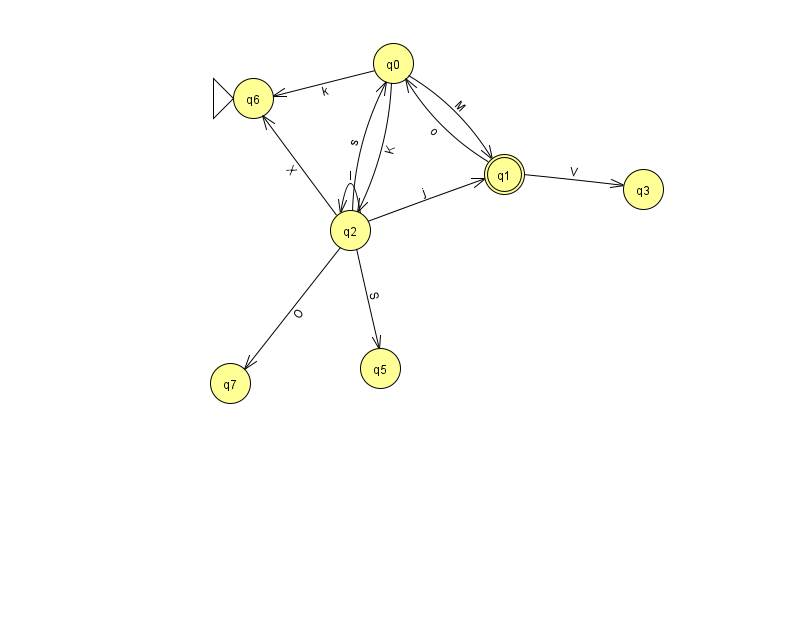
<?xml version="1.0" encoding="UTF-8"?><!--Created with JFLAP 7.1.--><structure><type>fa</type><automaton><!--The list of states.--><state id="0" name="q0"><x>393.0</x><y>50.0</y></state><state id="1" name="q1"><x>504.0</x><y>161.0</y><final/></state><state id="2" name="q2"><x>350.0</x><y>217.0</y></state><state id="3" name="q3"><x>643.0</x><y>176.0</y></state><state id="5" name="q5"><x>380.0</x><y>355.0</y></state><state id="6" name="q6"><x>253.0</x><y>85.0</y><initial/></state><state id="7" name="q7"><x>230.0</x><y>370.0</y></state><!--The list of transitions.--><transition><from>1</from><to>0</to><read>o</read></transition><transition><from>0</from><to>1</to><read>M</read></transition><transition><from>0</from><to>2</to><read>K</read></transition><transition><from>1</from><to>3</to><read>V</read></transition><transition><from>0</from><to>6</to><read>k</read></transition><transition><from>2</from><to>5</to><read>S</read></transition><transition><from>2</from><to>7</to><read>O</read></transition><transition><from>2</from><to>0</to><read>s</read></transition><transition><from>2</from><to>1</to><read>j</read></transition><transition><from>2</from><to>2</to><read>l</read></transition><transition><from>2</from><to>6</to><read>X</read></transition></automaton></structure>